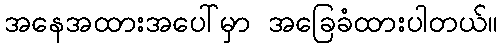
အနေအထားအပေါ်မှာ အခြေခံထားပါတယ်။